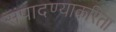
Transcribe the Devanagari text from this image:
संपादण्याकरिता